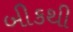
બીકથી